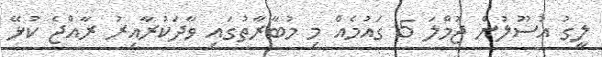
ލީގު އުސޫލުން ޖުމްލަ 5 ގައުމެއް މި މުބާރާތުގައި ވާދަކުރާއިރު ރާއްޖެ ކުޅޭ